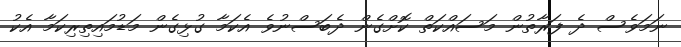
ނަމަވެސް ދެ ފަރާތުން މަސައްކަތް ކޮށްގެން ދެބަސްނުވެ އެކަމާ ގުޅިގެން މަޑުމައިތިރިކަމާ އެކު